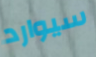
سيوارد